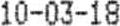
10-03-18